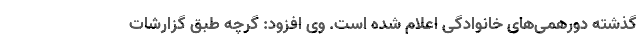
گذشته دورهمی‌های خانوادگی اعلام شده است. وی افزود: گرچه طبق گزارشات